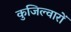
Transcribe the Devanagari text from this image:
कुजिल्वारों